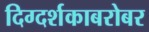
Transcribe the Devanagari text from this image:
दिग्दर्शकाबरोबर